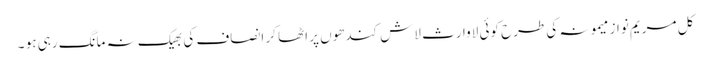
کل مریم نواز میمونہ کی طرح کوئی لاوارث لاش کندھوں پر اٹھا کر انصاف کی بھیک نہ مانگ رہی ہو ۔